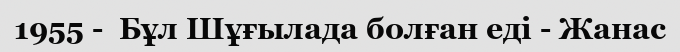
1955 -  Бұл Шұғылада болған еді - Жанас